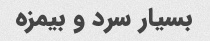
بسیار سرد و بیمزه